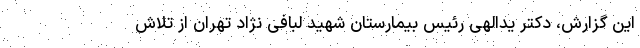
این گزارش، دکتر یدالهی رئیس بیمارستان شهید لبافی نژاد تهران از تلاش